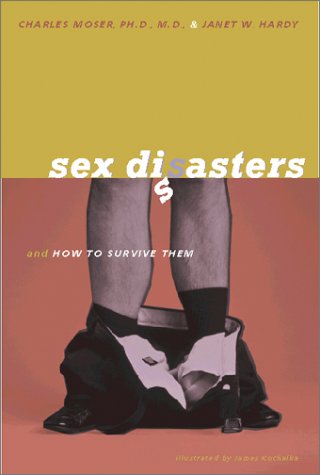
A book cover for Sex Disasters (And How To Survive Them); Charles Moser; Romance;